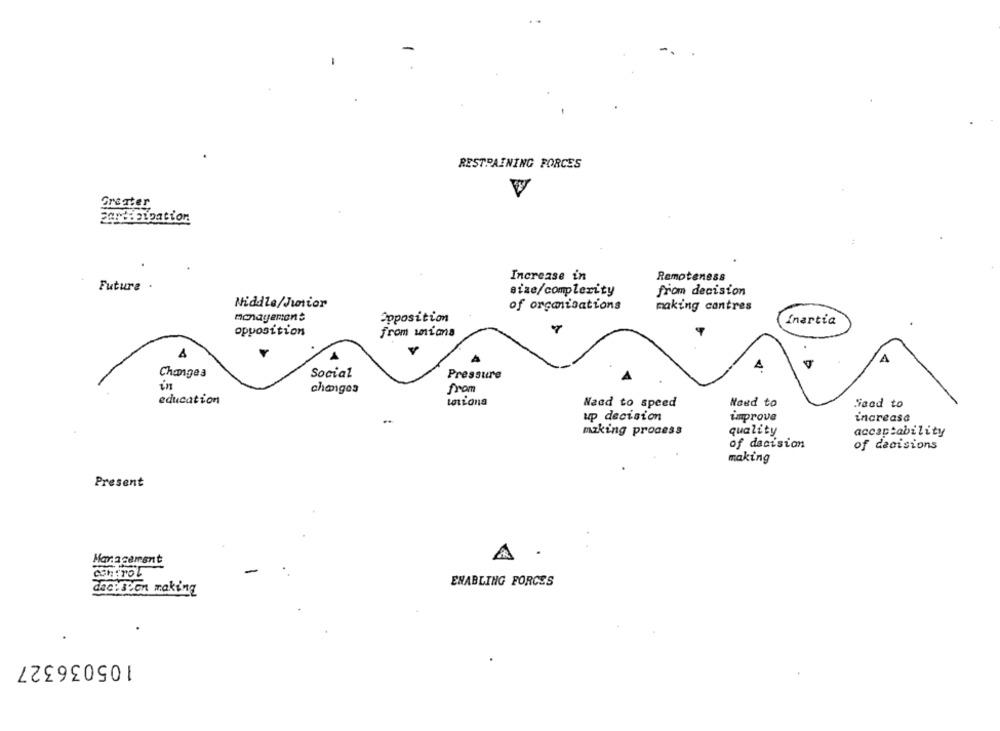
RESTRAINING FORCES
Greater
Increase in
Remoteness
Future .
size/complexity
from decision
Middle/Junior
of organisations
making cantres
Opposition
Inertia
opposition
from unions
A
Changes
Social
Pressure
ún
changes
education
Naed to speed
Need to
Good to
up decision
increase
..
improve
making process
quality
accaptability
of decision
of decisions
making
Present
Management
A
control
ENABLING FORCES
decetPon making
105036327